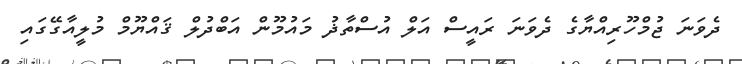
ދެވަނަ ޖުމްހޫރިއްޔާގެ ދެވަނަ ރައީސް އަލް އުސްތާޛު މައުމޫން އަބްދުލް ޤައްޔޫމް މުލީއާގޭގައި